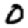
Digit: 0